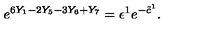
e ^ { 6 Y _ { 1 } - 2 Y _ { 5 } - 3 Y _ { 6 } + Y _ { 7 } } = \epsilon ^ { 1 } e ^ { - \tilde { c } ^ { 1 } } .